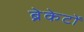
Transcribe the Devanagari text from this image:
ब्रेकेटों